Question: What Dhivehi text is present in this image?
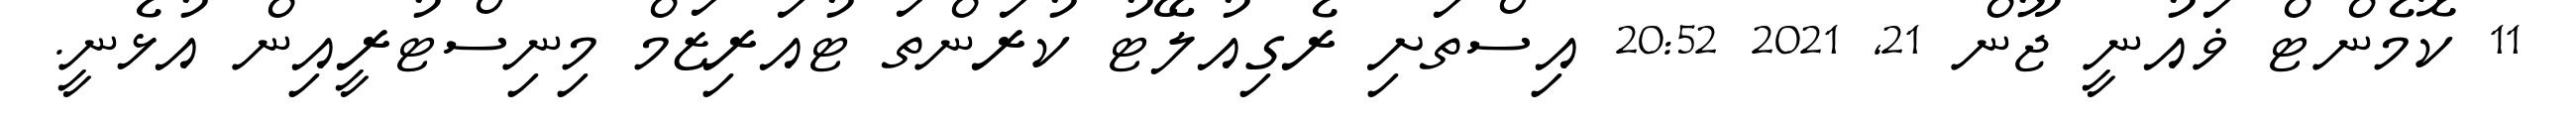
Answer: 11 ކޮމެންޓް ޥައުނީ ޖޫން 21, 2021 20:52 އިސްތަށި ރެގިއުލޭޓު ކުރަންތަ ޓުއަރިޒަމް މިނިސްޓުރީއިން އުޅެނީ.